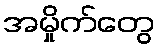
အမှိုက်တွေ